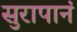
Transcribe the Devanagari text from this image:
सुरापानं